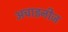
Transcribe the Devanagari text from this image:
अचाइनीज